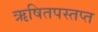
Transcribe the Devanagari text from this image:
ऋषितपस्तप्त